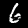
Digit: 6